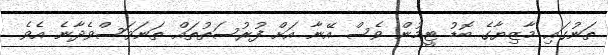
ތަނުގައި މާޒިޔާގެ ބޮޑު ޓީމުން ވެސް އޭނާ އަށް ފުރުސަތުތައް ތަނަވަސްވެދާނެ އެވެ.